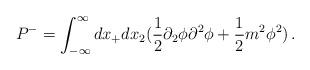
LaTeX: \begin{align*}P^-=\int_{-\infty} ^\infty dx_+dx_2 (\frac{1}{2}\partial_2 \phi \partial^2\phi +\frac{1}{2}m^2 \phi^2)\,.\end{align*}